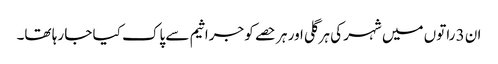
ان 3 راتوں میں شہر کی ہر گلی اور ہر حصے کو جراثیم سے پاک کیا جا رہا تھا۔